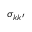
\sigma _ { k k ^ { \prime } }